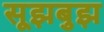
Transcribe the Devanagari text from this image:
सूझबुझ